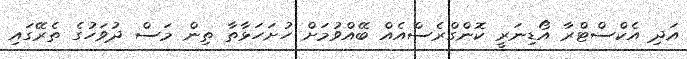
އަދި އެކްސްޓްރާ އޯޑިނަރީ ކޮންގްރެސްއެއް ބޭއްވުމަށް ހުށަހަޅާތާ ތިން މަސް ދުވަހުގެ ތެރޭގައި